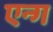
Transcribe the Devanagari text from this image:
एन्ग